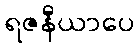
ရဇနီယာပေ